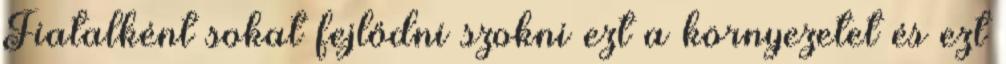
Fiatalként sokat fejlődni szokni ezt a környezetet és ezt